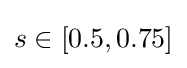
s\in [0.5,0.75]